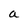
Character: a